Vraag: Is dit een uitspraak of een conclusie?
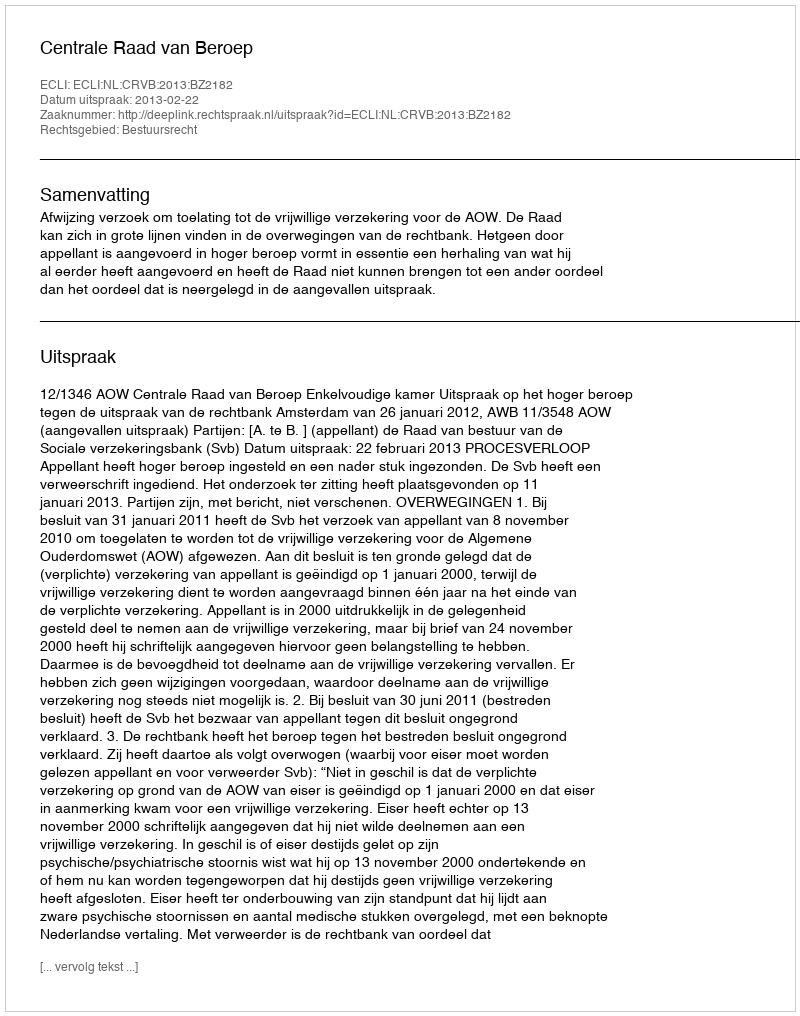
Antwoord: Uitspraak